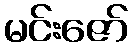
မင်းဇော်